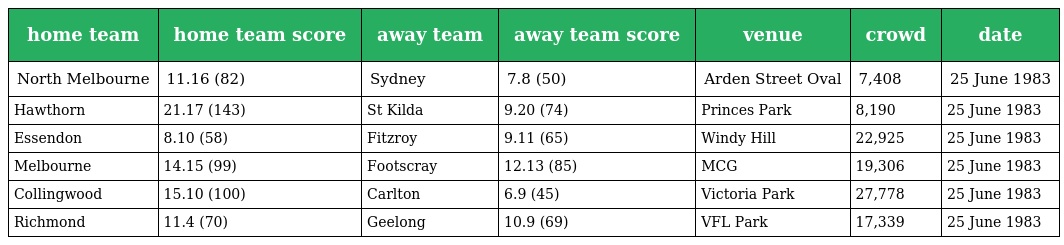
| home team | home team score | away team | away team score | venue | crowd | date |
 | --- | --- | --- | --- | --- | --- | --- |
 | North Melbourne | 11.16 (82) | Sydney | 7.8 (50) | Arden Street Oval | 7,408 | 25 June 1983 |
 | Hawthorn | 21.17 (143) | St Kilda | 9.20 (74) | Princes Park | 8,190 | 25 June 1983 |
 | Essendon | 8.10 (58) | Fitzroy | 9.11 (65) | Windy Hill | 22,925 | 25 June 1983 |
 | Melbourne | 14.15 (99) | Footscray | 12.13 (85) | MCG | 19,306 | 25 June 1983 |
 | Collingwood | 15.10 (100) | Carlton | 6.9 (45) | Victoria Park | 27,778 | 25 June 1983 |
 | Richmond | 11.4 (70) | Geelong | 10.9 (69) | VFL Park | 17,339 | 25 June 1983 |